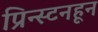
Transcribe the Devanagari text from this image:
प्रिन्स्टनहून